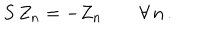
S \, Z _ { n } = - Z _ { n } \qquad \forall \, n \, .